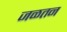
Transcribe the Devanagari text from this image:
जळतन